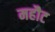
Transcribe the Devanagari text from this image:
महौट